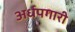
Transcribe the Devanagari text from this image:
अर्धपगारी